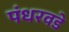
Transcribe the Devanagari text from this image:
पंधरवडे